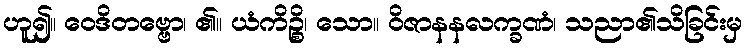
ဟူ၍။ ဝေဒိတဗ္ဗော၊ ၏။ ယံကိဉ္စိ၊ သော။ ဝိဇာနနလက္ခဏံ၊ သညာ၏သိခြင်းမှ